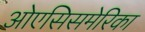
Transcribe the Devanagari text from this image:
ओएसिसमेरिका